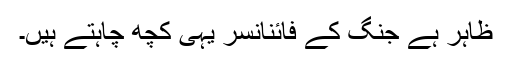
ظاہر ہے جنگ کے فائنانسر یہی کچھ چاہتے ہیں۔